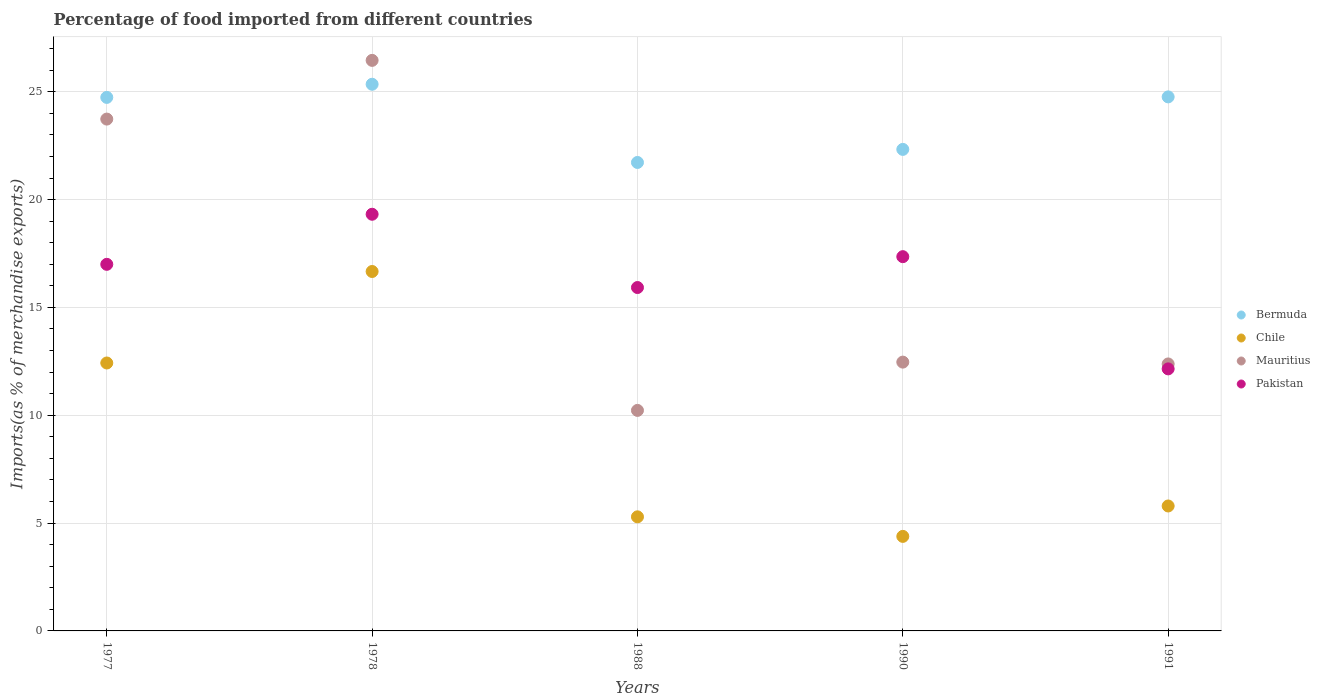
| Years | Bermuda | Chile | Mauritius | Pakistan |
 | --- | --- | --- | --- | --- |
 | 1977 | 24.7 | 12.4 | 23.7 | 17 |
 | 1978 | 25.3 | 16.7 | 26.5 | 19.3 |
 | 1988 | 21.7 | 5.29 | 10.2 | 15.9 |
 | 1990 | 22.3 | 4.38 | 12.5 | 17.4 |
 | 1991 | 24.8 | 5.79 | 12.4 | 12.1 |